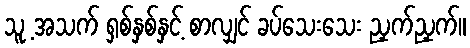
သူ့ အသက် ရှစ်နှစ်နှင့် စာလျှင် ခပ်သေးသေး ညှက်ညှက်။